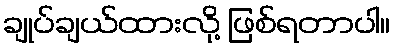
ချုပ်ချယ်ထားလို့ ဖြစ်ရတာပါ။